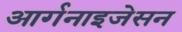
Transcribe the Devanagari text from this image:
आर्गनाइजेसन